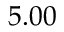
5 . 0 0